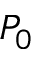
P _ { 0 }